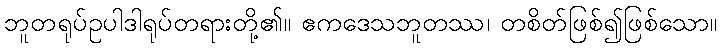
ဘူတရုပ်ဥပါဒါရုပ်တရားတို့၏။ ဧကဒေသဘူတဿ၊ တစိတ်ဖြစ်၍ဖြစ်သော။